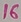
Text: 16